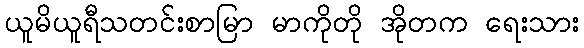
ယူမိယူရီသတင်းစာမြာ မာကိုတို အိုတက ရေးသား